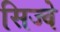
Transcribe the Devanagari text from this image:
सिज्वे